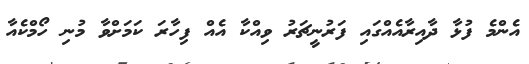
އެންމެ ފުޅާ ދާއިރާއެއްގައި ފަރުނީޗަރު ވިއްކާ އެއް ފިހާރަ ކަމަށްވާ މުނި ހޯމްކެއާ